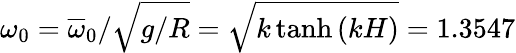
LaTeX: \omega_{0}=\overline{{\omega}}_{0}/\sqrt{g/R}=\sqrt{k\operatorname{tanh}{\left(kH\right)}}=1.3547